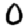
Digit: 0